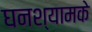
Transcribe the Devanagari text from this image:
घनश्यामके